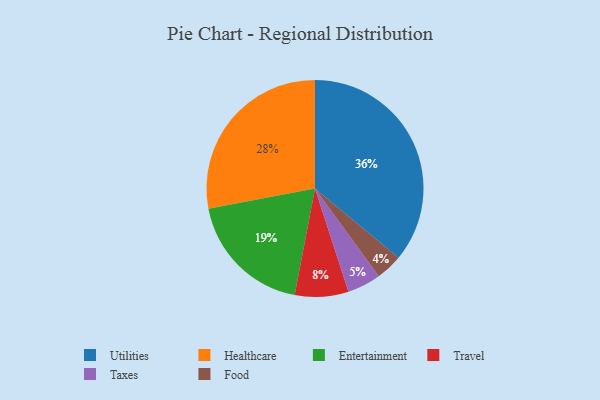
{"axis": {"x": "Category", "y": "Percentage"}, "legend": ["Entertainment", "Food", "Healthcare", "Taxes", "Travel", "Utilities"], "data": [{"x": "Healthcare", "y": 28, "type": "Healthcare"}, {"x": "Utilities", "y": 36, "type": "Utilities"}, {"x": "Entertainment", "y": 19, "type": "Entertainment"}, {"x": "Taxes", "y": 5, "type": "Taxes"}, {"x": "Travel", "y": 8, "type": "Travel"}, {"x": "Food", "y": 4, "type": "Food"}]}